65_HS1-834228961_62-HQ-83894_Section_1
Agency: FBI
Page 74
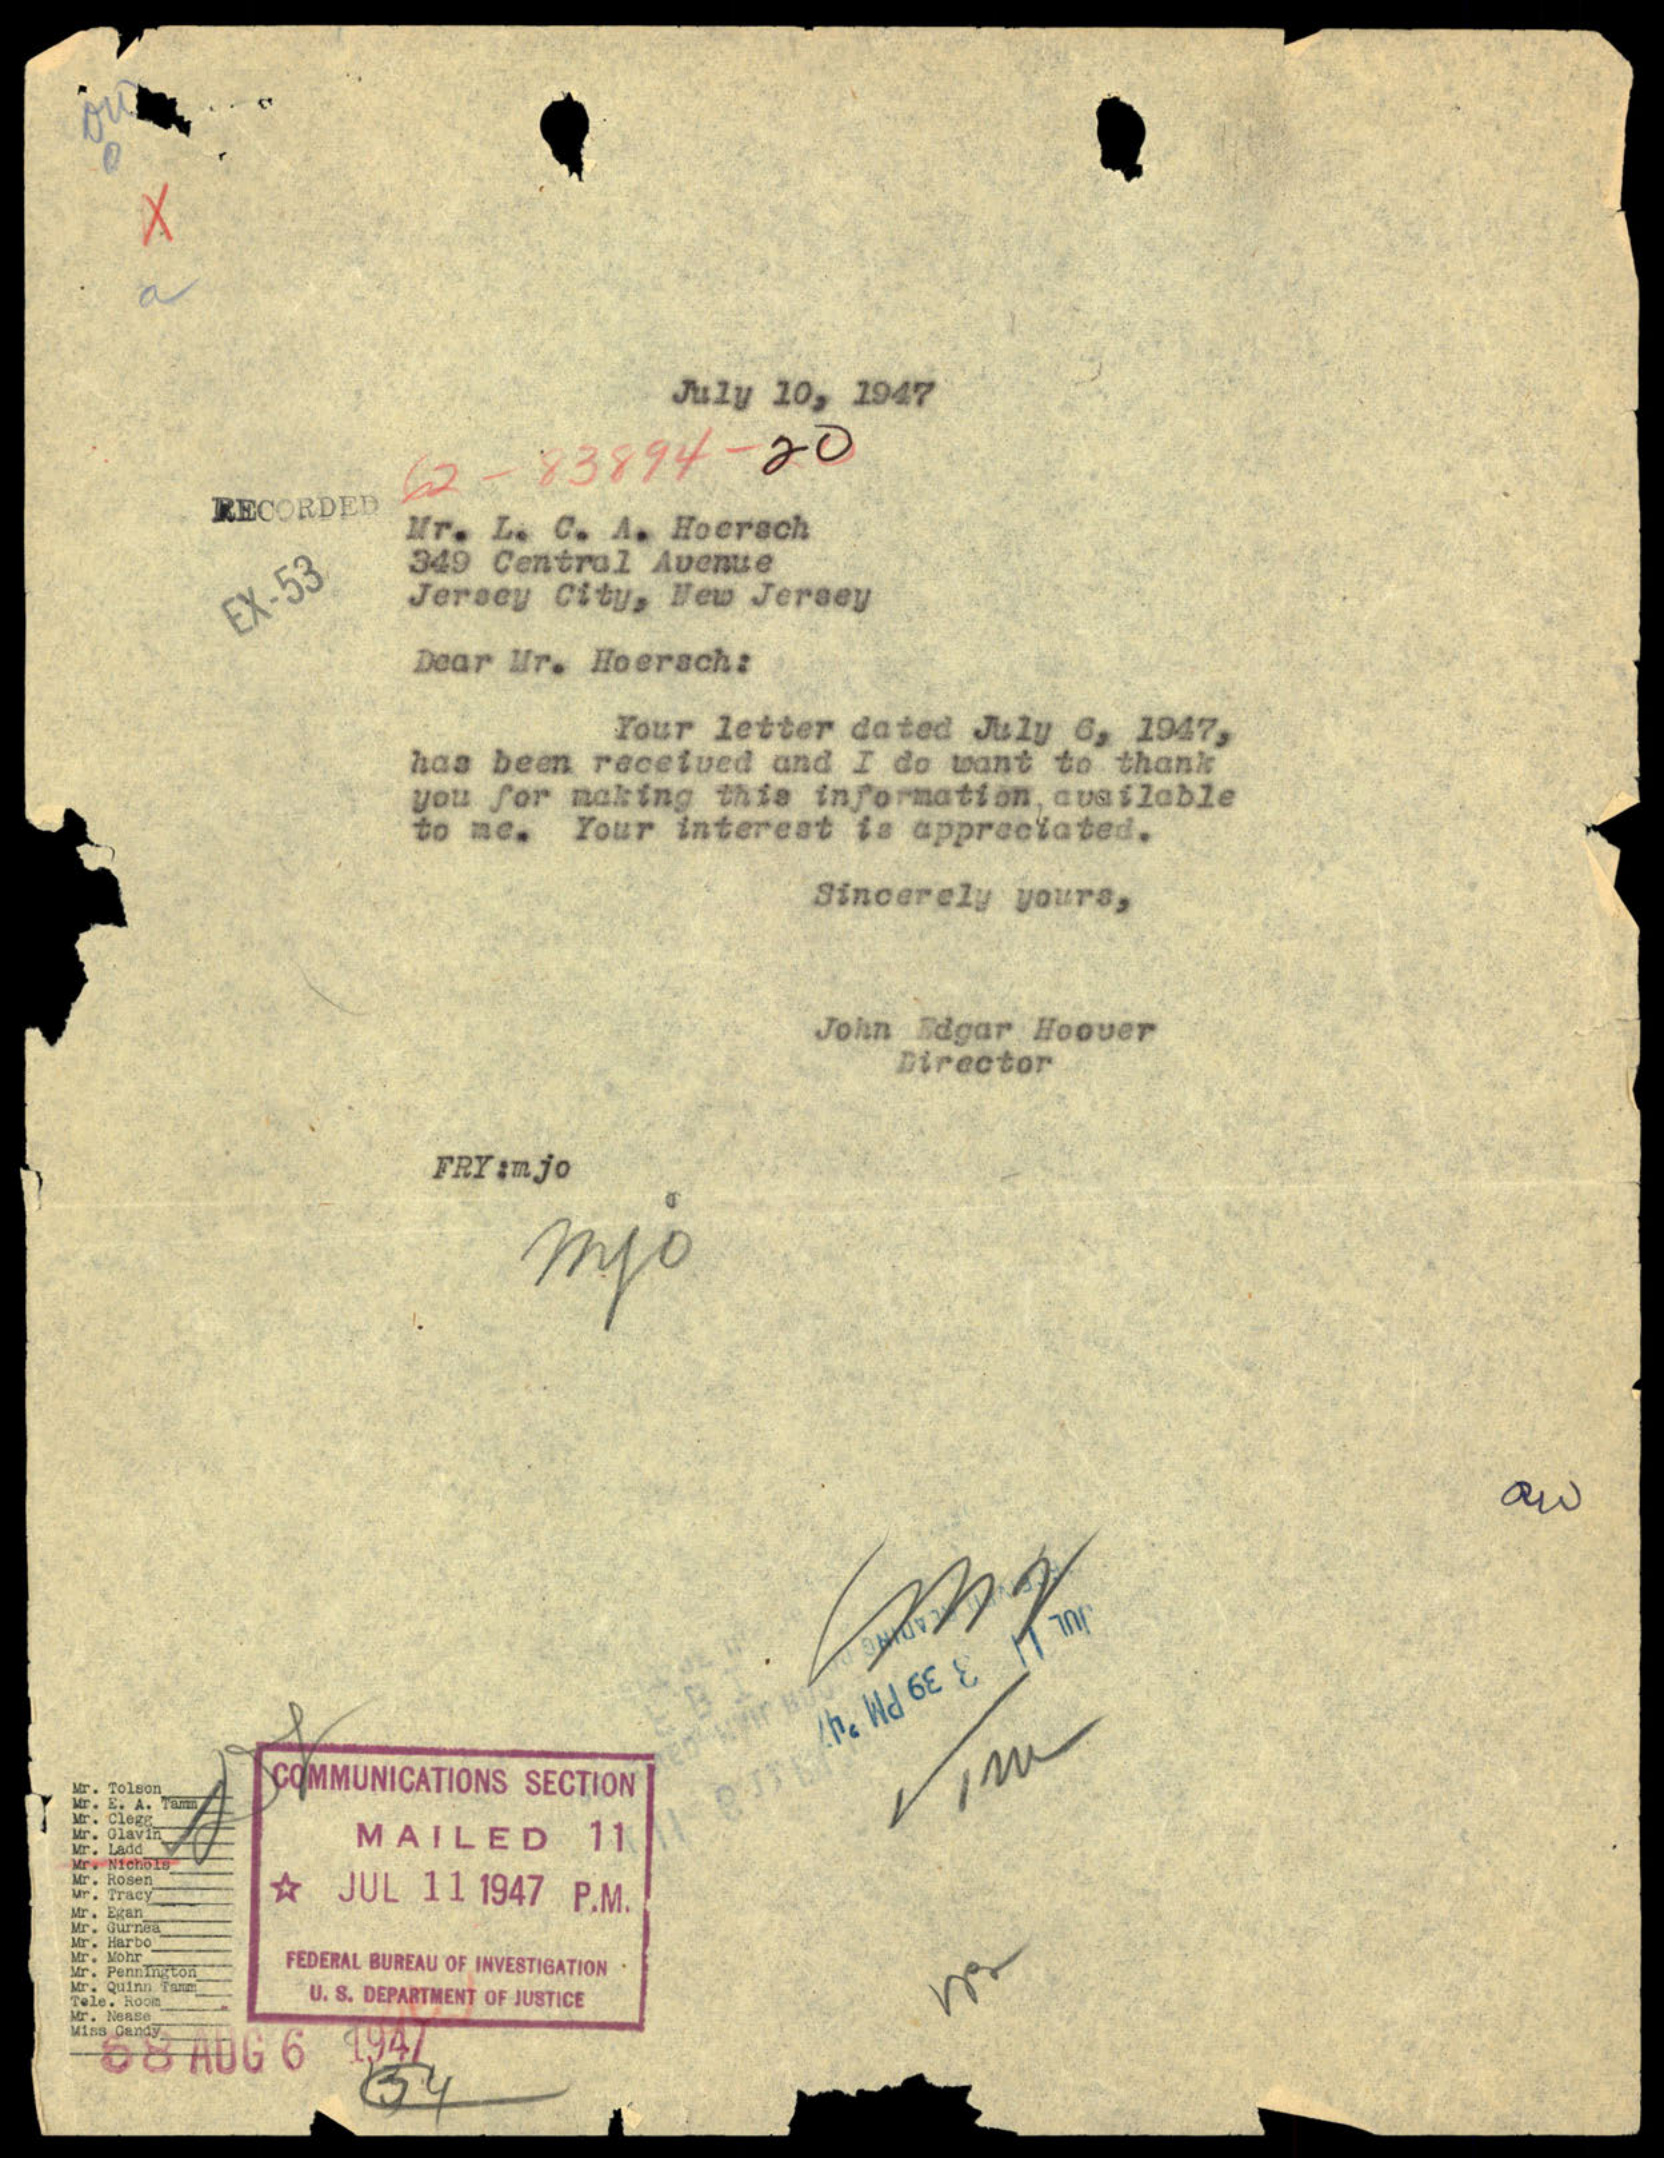